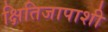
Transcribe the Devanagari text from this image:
क्षितिजापाशी